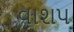
વાશપ